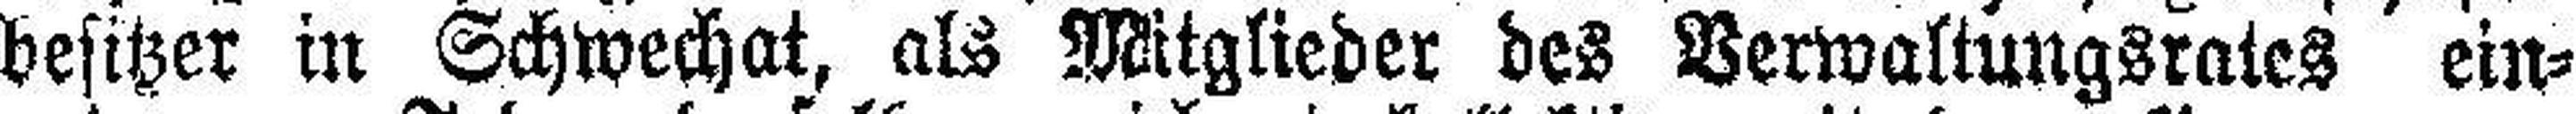
besitzer in Schwechat, als Mitglieder des Verwaltungsrates ein¬